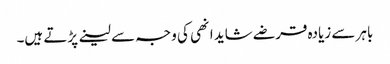
باہر سے زیادہ قرضے شاید انھی کی وجہ سے لینے پڑتے ہیں۔